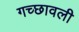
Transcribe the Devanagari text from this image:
गच्छावली